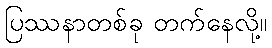
ပြဿနာတစ်ခု တက်နေလို့။